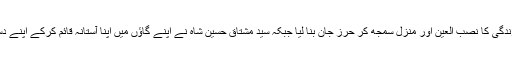
رانا دلدار احمد قادری نے نعت خوانی کو اپنی زندگی کا نصب العین اور منزل سمجھ کر حرز جان بنا لیا جبکہ سید مشتاق حسین شاہ نے اپنے گاؤں میں اپنا آستانہ قائم کرکے اپنے دست حق پر بعیت کرنے کا سلسلہ شروع کر لیا ۔